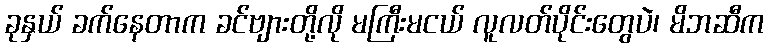
ခုနှယ် ခက်နေတာက ခင်ဗျားတို့လို မကြီးမငယ် လူလတ်ပိုင်းတွေပဲ၊ မိဘဆီက